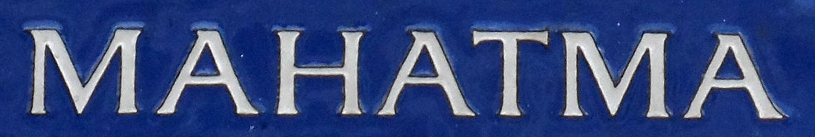
MAHATMA